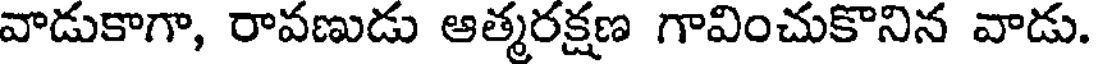
వాడుకాగా, రావణుడు ఆత్మరక్షణ గావించుకొనిన వాడు.